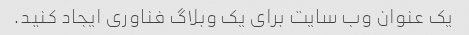
یک عنوان وب سایت برای یک وبلاگ فناوری ایجاد کنید.